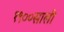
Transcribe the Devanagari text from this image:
१९००साली